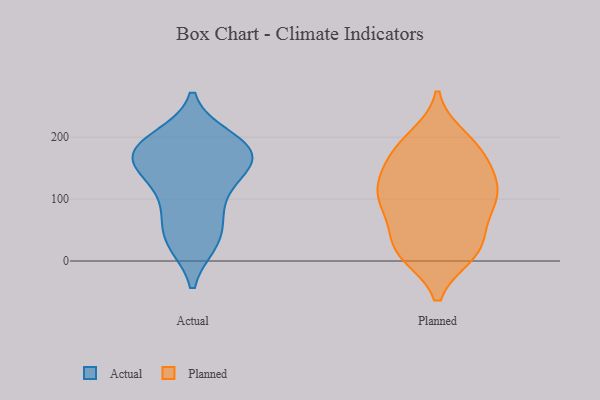
{"axis": {"x": "Conversion Rate (%)", "y": "Value"}, "legend": ["Actual", "Planned"], "data": [{"x": "", "y": 183, "type": "Actual"}, {"x": "", "y": 199, "type": "Actual"}, {"x": "", "y": 176, "type": "Actual"}, {"x": "", "y": 30, "type": "Actual"}, {"x": "", "y": 168, "type": "Actual"}, {"x": "", "y": 77, "type": "Actual"}, {"x": "", "y": 143, "type": "Actual"}, {"x": "", "y": 170, "type": "Actual"}, {"x": "", "y": 70, "type": "Actual"}, {"x": "", "y": 131, "type": "Actual"}, {"x": "", "y": 101, "type": "Actual"}, {"x": "", "y": 29, "type": "Actual"}, {"x": "", "y": 142, "type": "Actual"}, {"x": "", "y": 182, "type": "Actual"}, {"x": "", "y": 164, "type": "Actual"}, {"x": "", "y": 198, "type": "Actual"}, {"x": "", "y": 32, "type": "Actual"}, {"x": "", "y": 31, "type": "Planned"}, {"x": "", "y": 130, "type": "Planned"}, {"x": "", "y": 171, "type": "Planned"}, {"x": "", "y": 183, "type": "Planned"}, {"x": "", "y": 108, "type": "Planned"}, {"x": "", "y": 199, "type": "Planned"}, {"x": "", "y": 22, "type": "Planned"}, {"x": "", "y": 85, "type": "Planned"}, {"x": "", "y": 105, "type": "Planned"}, {"x": "", "y": 126, "type": "Planned"}, {"x": "", "y": 92, "type": "Planned"}, {"x": "", "y": 134, "type": "Planned"}, {"x": "", "y": 12, "type": "Planned"}, {"x": "", "y": 160, "type": "Planned"}, {"x": "", "y": 11, "type": "Planned"}, {"x": "", "y": 13, "type": "Planned"}, {"x": "", "y": 190, "type": "Planned"}, {"x": "", "y": 91, "type": "Planned"}, {"x": "", "y": 56, "type": "Planned"}]}